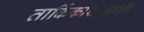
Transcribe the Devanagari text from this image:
तार्किकशिरोमणि